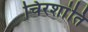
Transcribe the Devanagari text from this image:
चिरशांति